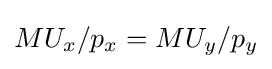
MU_{x}/p_{x}=MU_{y}/p_{y}